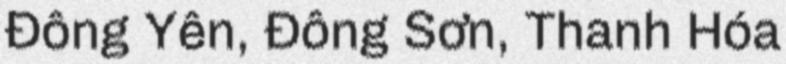
Đông Yên, Đông Sơn, Thanh Hóa